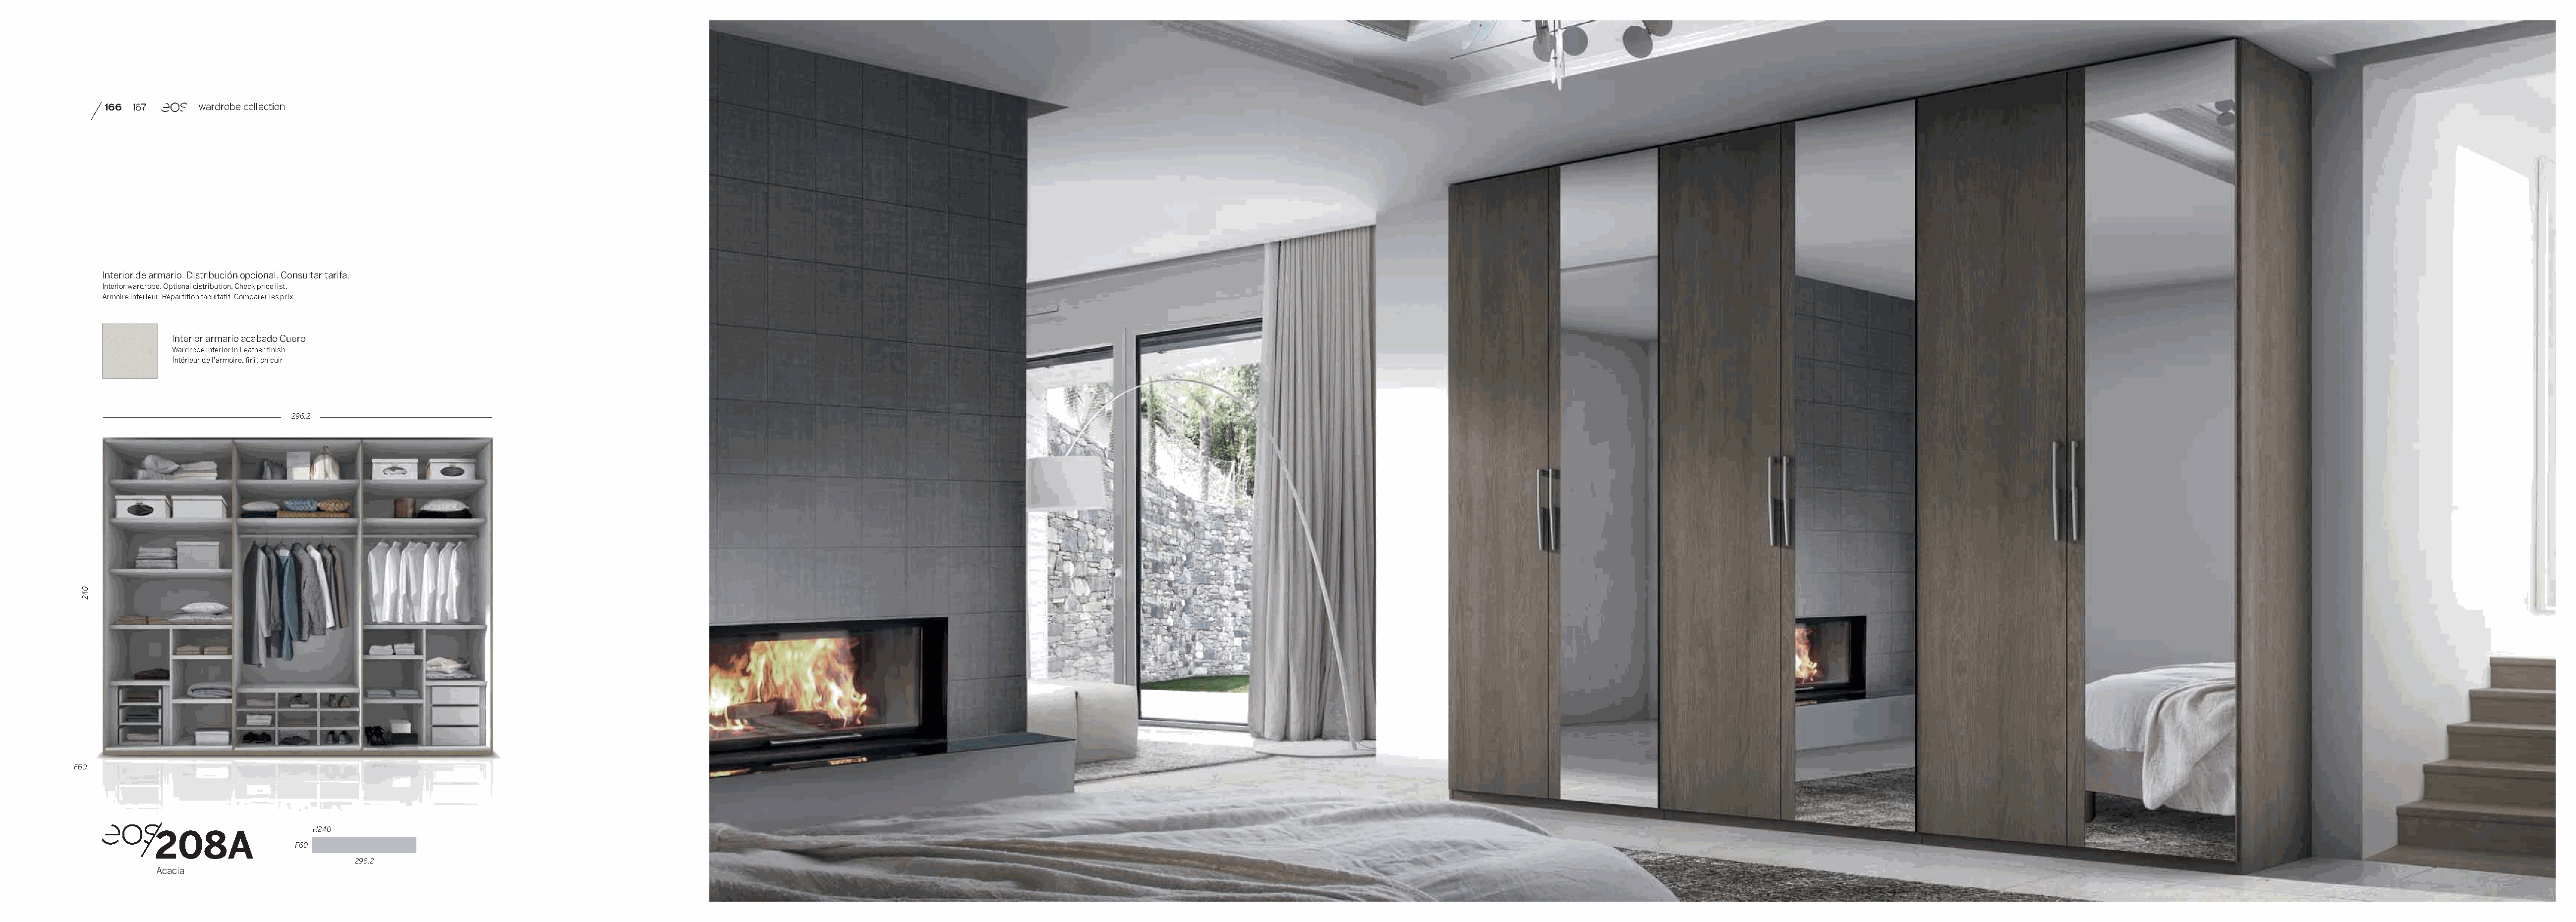
166 167      wardrobe collection
 Interior de armario. Distribución opcional. Consultar tarifa.
 Interior wardrobe. Optional distribution. Check price list.
 Armoire intérieur. Répartition facultatif. Comparer les prix.
 Interior armario acabado Cuero
 Wardrobe interior in Leather finish
 Intérieur de l’armoire, finition cuir
 296,2
 F60
 208A                 H240
 F60
 296,2
 Acacia
 042